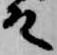
殿